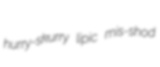
hurry-skurry lipic mis-shod